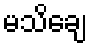
မသိချေ